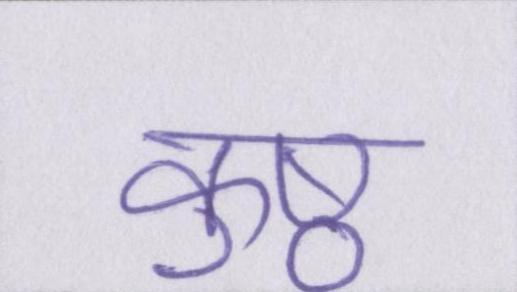
कुष्ठ